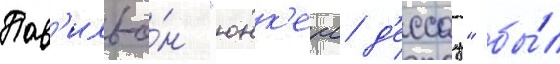
Пав'ильо́н "юнк'ерс д'ессау" бы́л